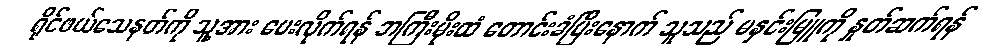
ရိုင်ဖယ်သေနတ်ကို သူ့အား ပေးလိုက်ရန် ဘကြီးမိုးထံ တောင်းခံပြီးနောက် သူသည် မနှင်းမြူကို နှုတ်ဆက်ရန်